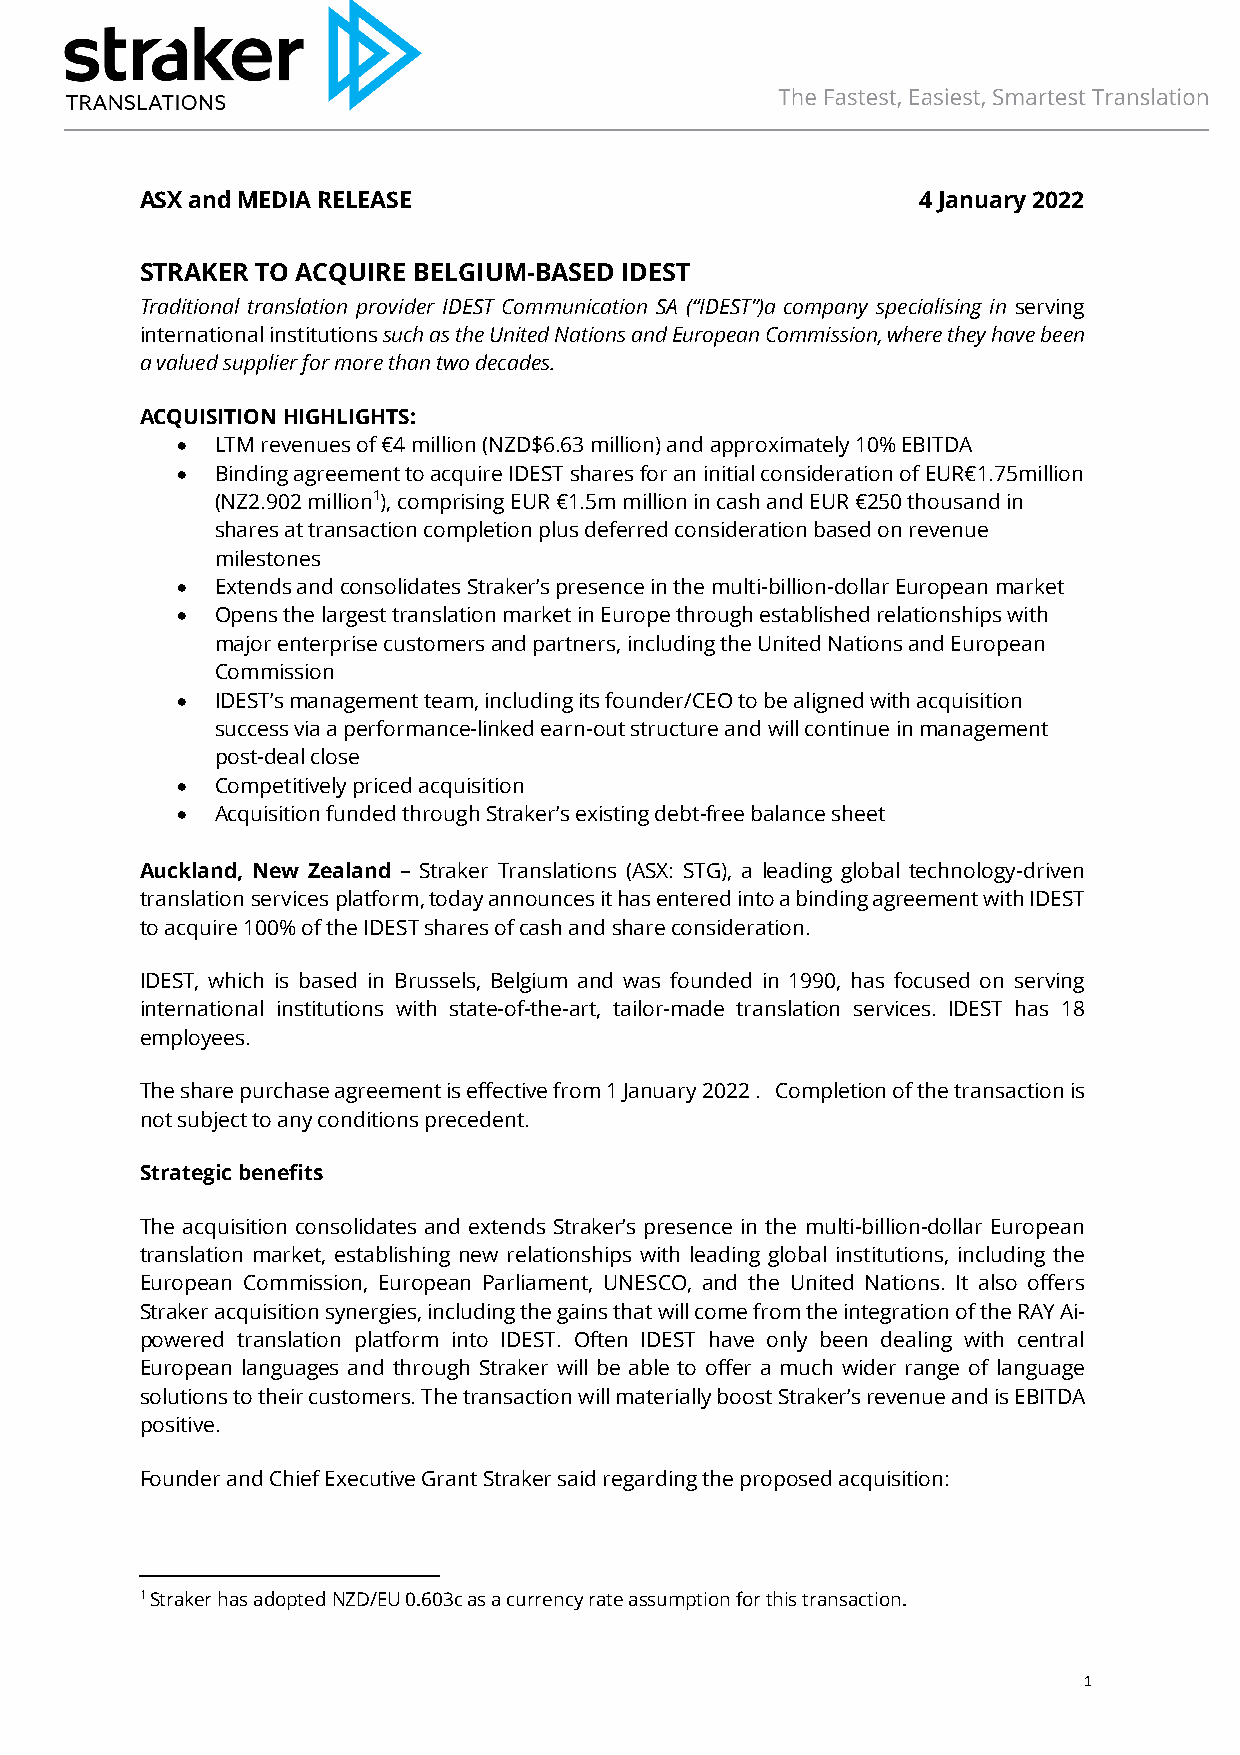
ASX and MEDIA RELEASE                               4 January 2022
 STRAKER TO ACQUIRE BELGIUM-BASED IDEST
 Traditional translation provider IDEST Communication SA (“IDEST”)a company specialising in serving
 international institutions such as the United Nations and European Commission, where they have been
 a valued supplier for more than two decades.
 ACQUISITION HIGHLIGHTS:
 • LTM revenues of €4 million (NZD$6.63 million) and approximately 10% EBITDA
 • Binding agreement to acquire IDEST shares for an initial consideration of EUR€1.75million
 (NZ2.902 million1), comprising EUR €1.5m million in cash and EUR €250 thousand in
 shares at transaction completion plus deferred consideration based on revenue
 milestones
 • Extends and consolidates Straker’s presence in the multi-billion-dollar European market
 • Opens the largest translation market in Europe through established relationships with
 major enterprise customers and partners, including the United Nations and European
 Commission
 • IDEST’s management team, including its founder/CEO to be aligned with acquisition
 success via a performance-linked earn-out structure and will continue in management
 post-deal close
 • Competitively priced acquisition
 • Acquisition funded through Straker’s existing debt-free balance sheet
 Auckland, New Zealand – Straker Translations (ASX: STG), a leading global technology-driven
 translation services platform, today announces it has entered into a binding agreement with IDEST
 to acquire 100% of the IDEST shares of cash and share consideration.
 IDEST, which is based in Brussels, Belgium and was founded in 1990, has focused on serving
 international institutions with state-of-the-art, tailor-made translation services. IDEST has 18
 employees.
 The share purchase agreement is effective from 1 January 2022 . Completion of the transaction is
 not subject to any conditions precedent.
 Strategic benefits
 The acquisition consolidates and extends Straker’s presence in the multi-billion-dollar European
 translation market, establishing new relationships with leading global institutions, including the
 European Commission, European Parliament, UNESCO, and the United Nations. It also offers
 Straker acquisition synergies, including the gains that will come from the integration of the RAY Ai-
 powered translation platform into IDEST. Often IDEST have only been dealing with central
 European languages and through Straker will be able to offer a much wider range of language
 solutions to their customers. The transaction will materially boost Straker’s revenue and is EBITDA
 positive.
 Founder and Chief Executive Grant Straker said regarding the proposed acquisition:
 1 Straker has adopted NZD/EU 0.603c as a currency rate assumption for this transaction.
 1